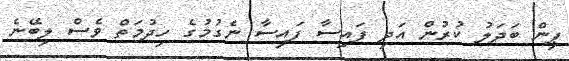
ޕިން ބަދަލު ކުރުން އަދި ފައިސާ ފައިސާ ނެގުމުގެ ހިދުމަތް ވެސް ލިބޭނެ